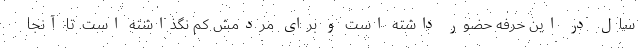
سال در این حرفه حضور داشته است و برای مردمش کم نگذاشته است. تا آنجا